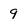
Character: 9